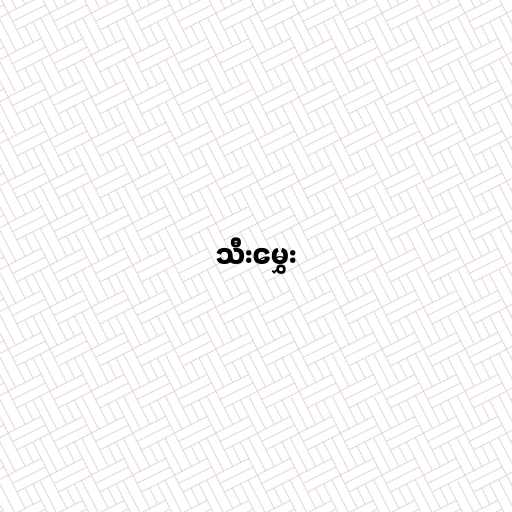
သီးမွှေး